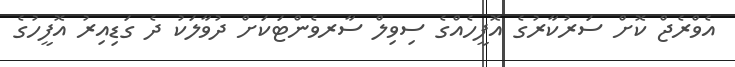
އެވްރެޖް ކޮށް ސަރުކާރުގެ އޮފީހެއްގެ ސިވިލް ސާރވެންޓަކަށް ދުވާލަކު ދެ ގަޑިއިރު އޮފީހުގެ